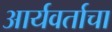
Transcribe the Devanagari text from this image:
आर्यवर्ताचा